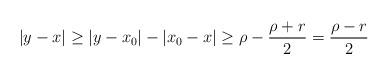
LaTeX: \begin{align*}|y-x| \geq |y-x_0|-|x_0-x| \geq \rho-\frac{\rho+r}{2}=\frac{\rho-r}{2}\end{align*}